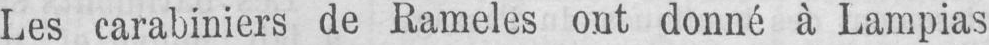
Les carabiniers de Rameles ont donné à Lampias